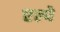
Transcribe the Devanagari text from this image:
एल्पे